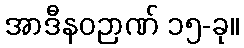
အာဒီနဝဉာဏ် ၁၅-ခု။